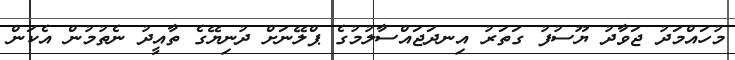
މުހައްމަދު ޖަވާދު ޔޫސުފު ގަތަރު އިނދަޖައްސާލުމުގެ ޕްލޭނަށް ދުނިޔޭގެ ތާއީދު ނެތުމުން އެކަން